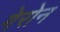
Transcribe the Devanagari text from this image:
गेरोन